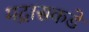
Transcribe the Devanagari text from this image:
मद्रासकडे